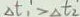
\Delta t _ { 1 } > \Delta t _ { 2 }